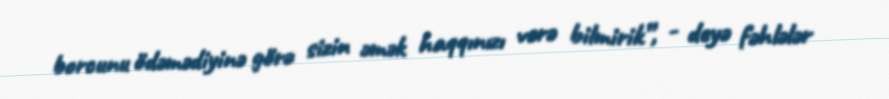
borcunu ödəmədiyinə görə sizin əmək haqqınızı verə bilmirik”, - deyə fəhlələr